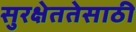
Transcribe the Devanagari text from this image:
सुरक्षेततेसाठी